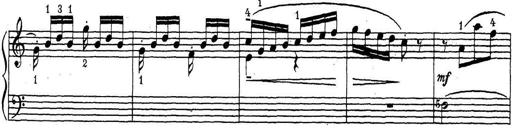
Title: ÄŒeskÃ© Sonatiny
Composer: Various